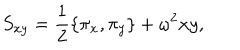
LaTeX: S _ { x y } = \frac { 1 } { 2 } \{ \pi _ { x } , \pi _ { y } \} + \omega ^ { 2 } x y ,